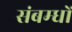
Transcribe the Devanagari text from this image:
संबम्धों